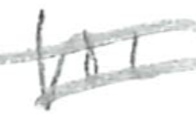
Text: for
Cross-out: double-line
Writing tool: pencil